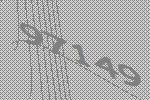
97149